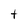
Character: t